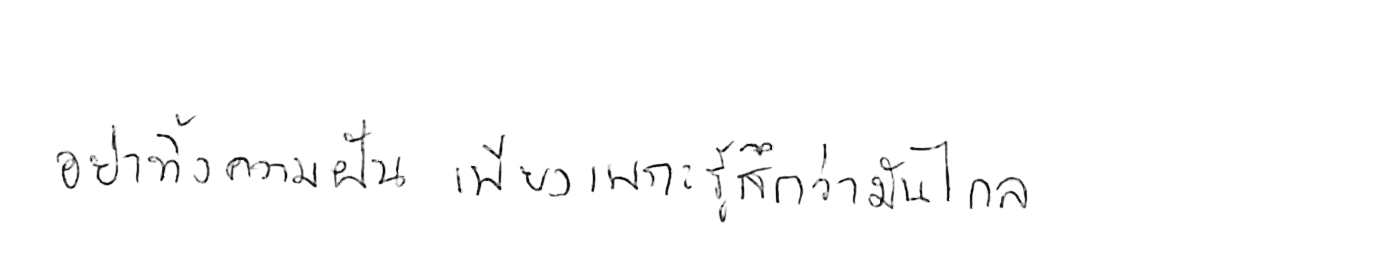
อย่าทิ้งความฝัน เพียงเพราะรู้สึกว่ามันไกล